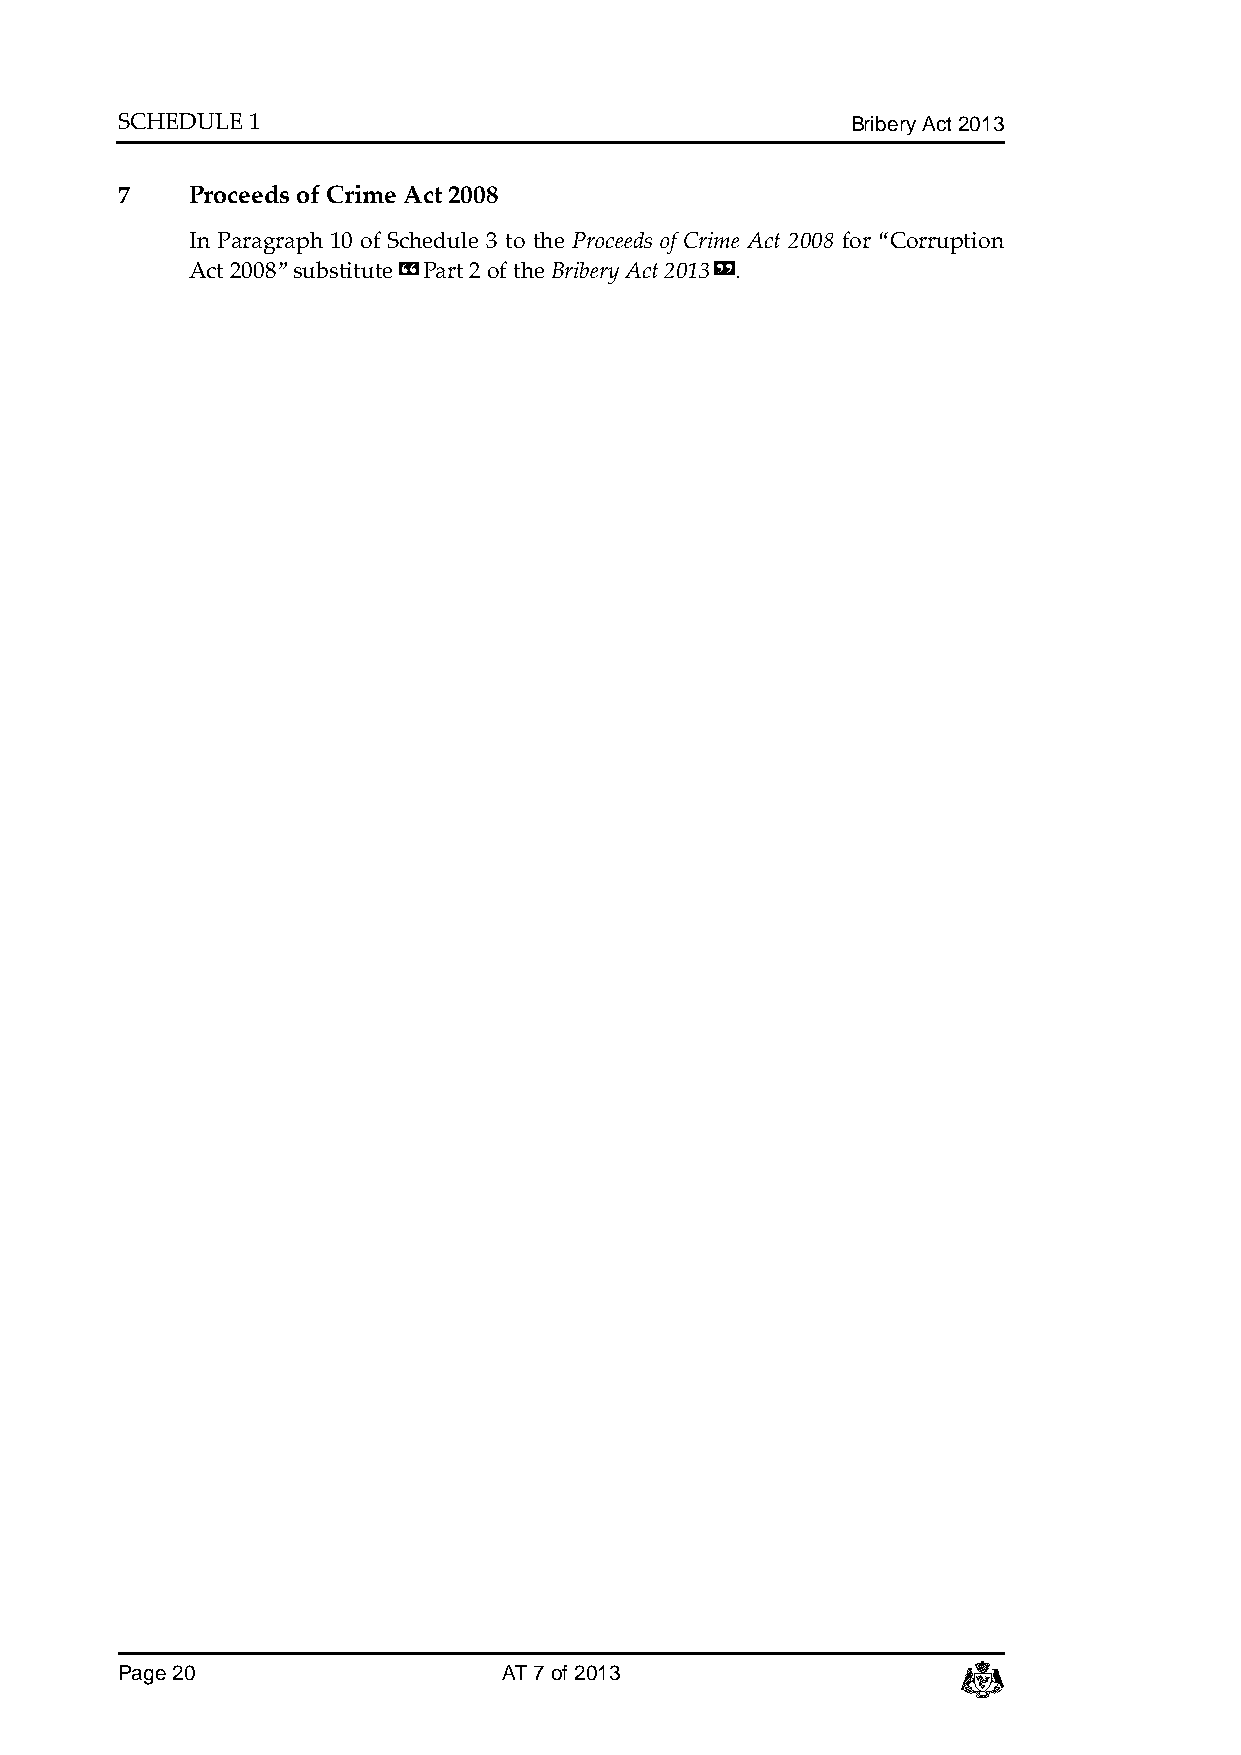
SCHEDULE 1                                      Bribery Act 2013
 7   Proceeds of Crime Act 2008
 In Paragraph 10 of Schedule 3 to the Proceeds of Crime Act 2008 for “Corruption
 Act 2008” substitute «Part 2 of the Bribery Act 2013».
 Page 20                  AT 7 of 2013                   c